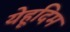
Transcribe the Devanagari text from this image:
येहूदिम